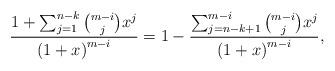
LaTeX: \begin{align*}\frac{1+\sum^{n-k}_{j=1}\binom{m-i}{j}x^{j}}{\left(1+x\right)^{m-i}}=1-\frac{\sum^{m-i}_{j=n-k+1}\binom{m-i}{j}x^{j}}{\left(1+x\right)^{m-i}},\end{align*}